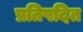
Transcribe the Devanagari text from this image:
प्रतिपदित